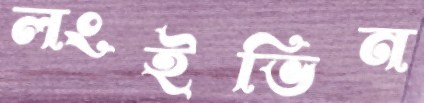
লংইভিন